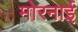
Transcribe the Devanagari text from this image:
मोरनाई